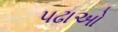
પઢાઓ